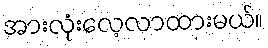
အားလုံးလေ့လာထားမယ်။